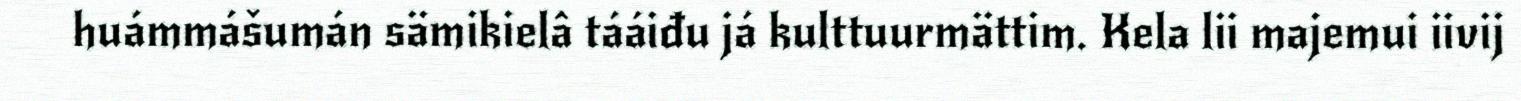
huámmášumán sämikielâ tááiđu já kulttuurmättim. Kela lii majemui iivij